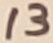
Text: 13